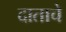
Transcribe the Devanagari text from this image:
दाताचे